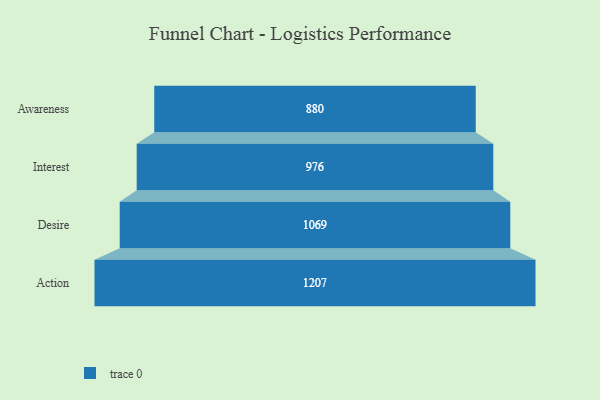
{"axis": {"x": "Stage", "y": "Value"}, "legend": [""], "data": [{"x": "Awareness", "y": 880.0, "type": ""}, {"x": "Interest", "y": 976.0, "type": ""}, {"x": "Desire", "y": 1069.0, "type": ""}, {"x": "Action", "y": 1207.0, "type": ""}]}